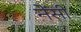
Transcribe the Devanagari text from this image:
नेंसी